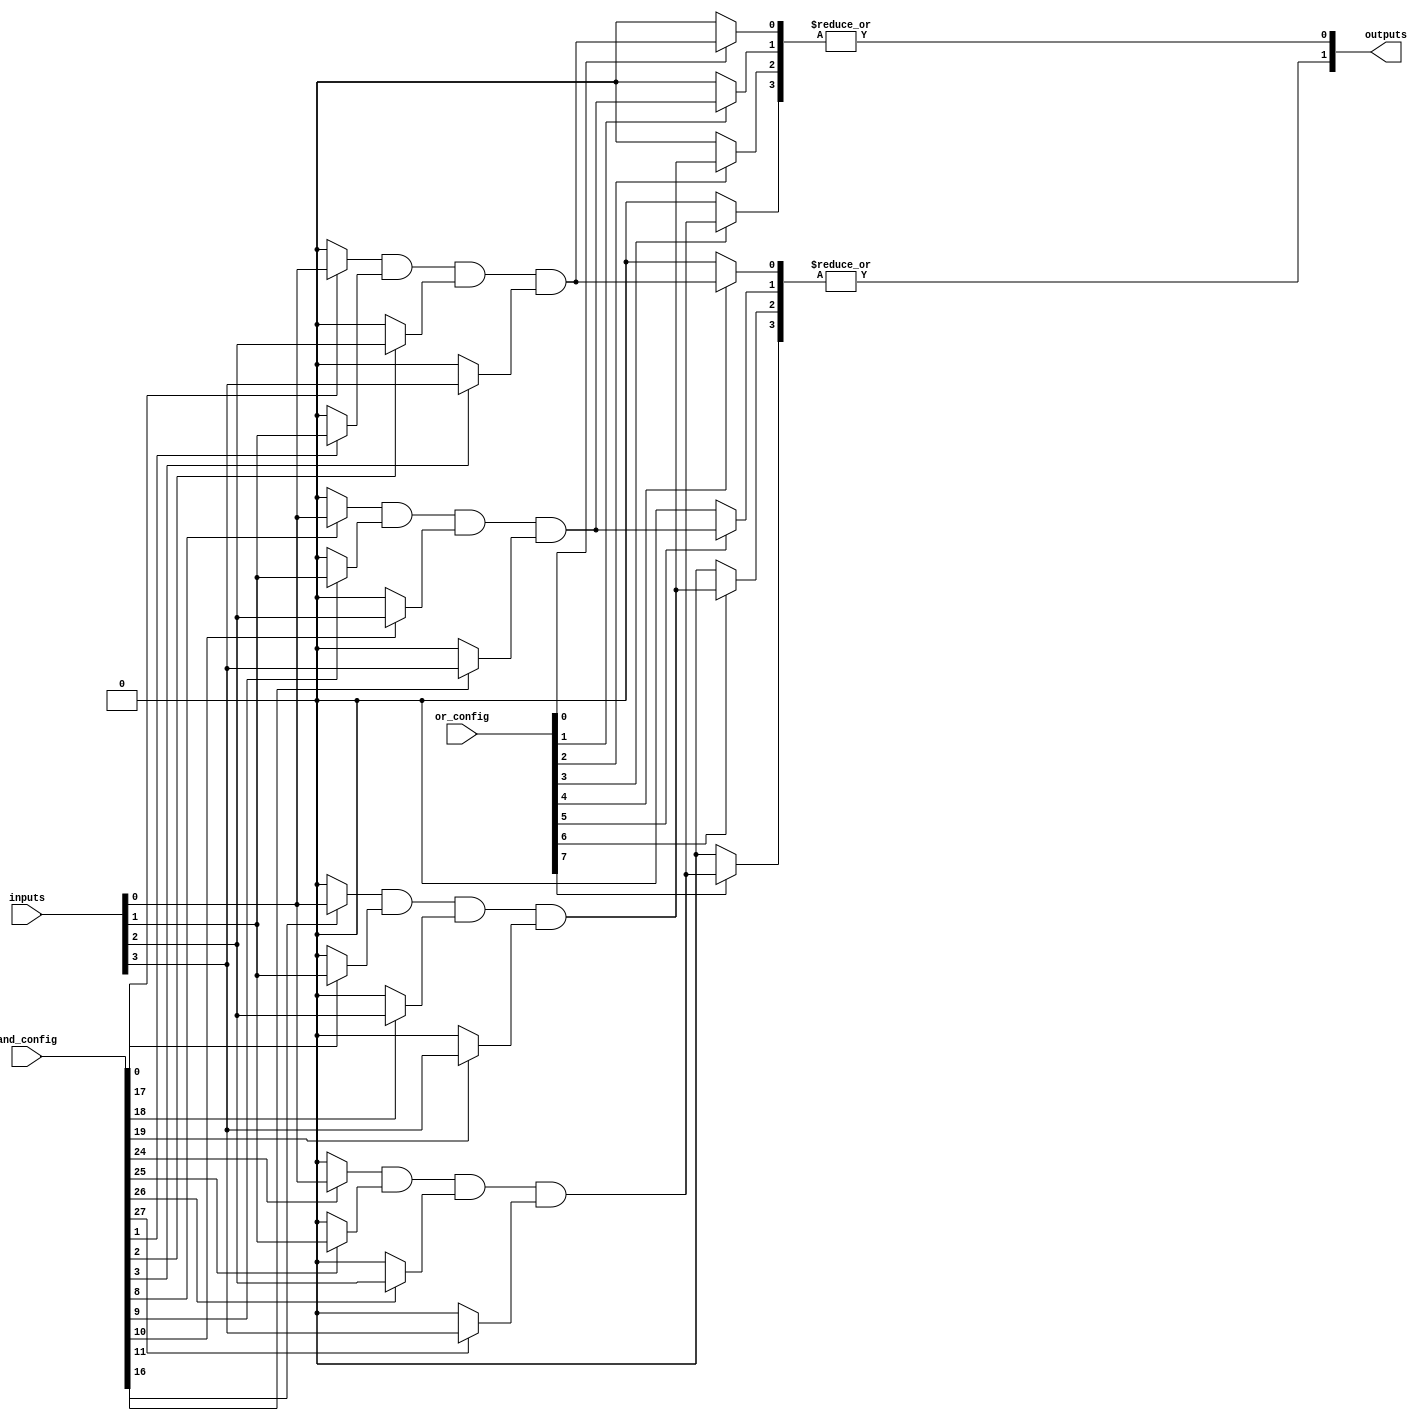
module FusedPAL #(
    parameter NUM_INPUTS = 8,    // Number of input lines
    parameter NUM_AND_GATES = 4,  // Number of programmable AND gates
    parameter NUM_OR_GATES = 2,    // Number of fixed OR gates
    parameter AND_GATE_WIDTH = 4   // Number of inputs per AND gate
) (
    input wire [NUM_INPUTS-1:0] inputs,          // Input variables
    input wire [NUM_AND_GATES*NUM_INPUTS-1:0] and_config, // Configuration for AND gates
    input wire [NUM_OR_GATES*NUM_AND_GATES-1:0] or_config, // Configuration for OR gates
    output wire [NUM_OR_GATES-1:0] outputs       // Output results
);

// Programmable AND array
wire [NUM_AND_GATES-1:0] and_outputs [0:AND_GATE_WIDTH-1];

genvar i, j;
generate
    for (i = 0; i < NUM_AND_GATES; i = i + 1) begin : AND_GATE
        wire [AND_GATE_WIDTH-1:0] and_inputs;
        
        // Configure the inputs for each AND gate
        for (j = 0; j < AND_GATE_WIDTH; j = j + 1) begin : AND_INPUT_SEL
            assign and_inputs[j] = and_config[i*NUM_INPUTS + j] ? inputs[j] : 1'b0; // Use programmable connection
        end
        
        // AND Gate Logic
        assign and_outputs[i] = and_inputs[0] & and_inputs[1] & and_inputs[2] & and_inputs[3]; // Adjust as needed
    end
endgenerate

// Fixed OR array
generate
    for (i = 0; i < NUM_OR_GATES; i = i + 1) begin : OR_GATE
        wire [NUM_AND_GATES-1:0] or_inputs;

        // Connect AND outputs to OR gates
        for (j = 0; j < NUM_AND_GATES; j = j + 1) begin : OR_INPUT_SEL
            assign or_inputs[j] = or_config[i*NUM_AND_GATES + j] ? and_outputs[j] : 1'b0; // Fixed connection
        end

        // OR Gate Logic
        assign outputs[i] = |or_inputs; // Logical OR of the selected AND outputs
    end
endgenerate

endmodule